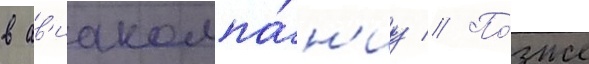
в ав'иакомпа́н'иу // По́зже